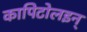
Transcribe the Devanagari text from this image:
कापिटोलइन्